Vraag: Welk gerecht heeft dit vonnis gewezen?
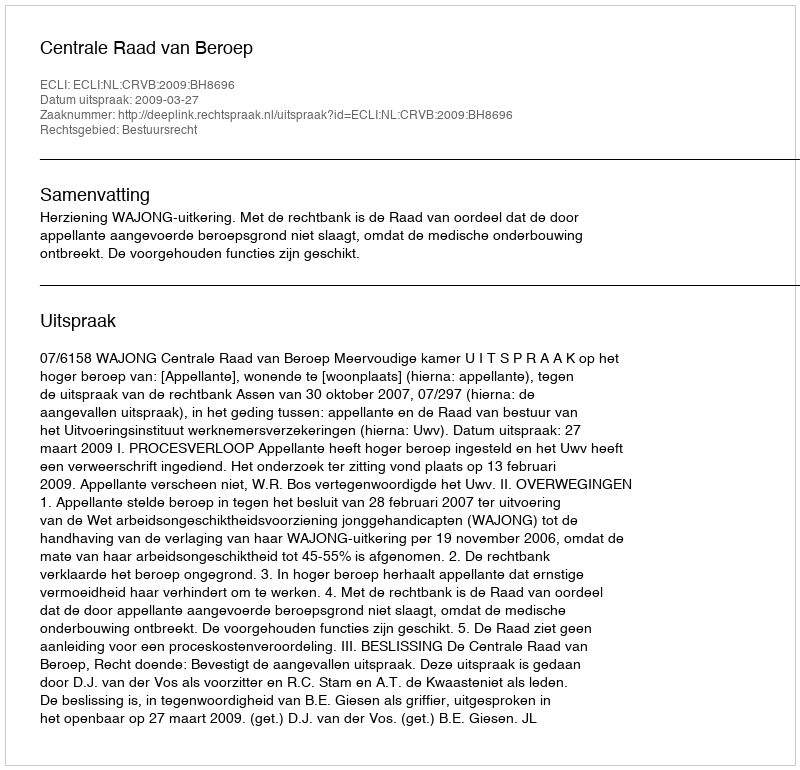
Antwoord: Centrale Raad van Beroep